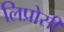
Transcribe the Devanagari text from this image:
लिप्रोसी